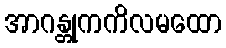
အာဂန္တုကကိလမထော